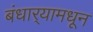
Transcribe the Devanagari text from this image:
बंधार्‍यामधून